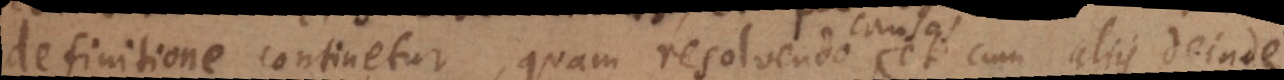
definitione continetur, quam resolvendo, et cum aliis deinde